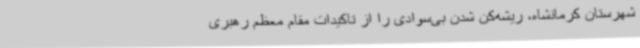
شهرستان کرمانشاه، ریشه‌کن شدن بی‌سوادی را از تاکیدات مقام معظم رهبری